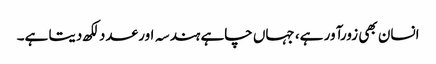
انسان بھی زورآور ہے، جہاں چاہے ہندسہ اور عدد لکھ دیتا ہے۔